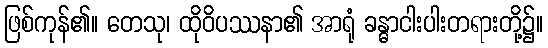
ဖြစ်ကုန်၏။ တေသု၊ ထိုဝိပဿနာ၏ အာရုံ ခန္ဓာငါးပါးတရားတို့၌။